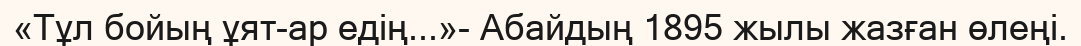
«Тұл бойың ұят-ар едің...»- Абайдың 1895 жылы жазған өлеңі.